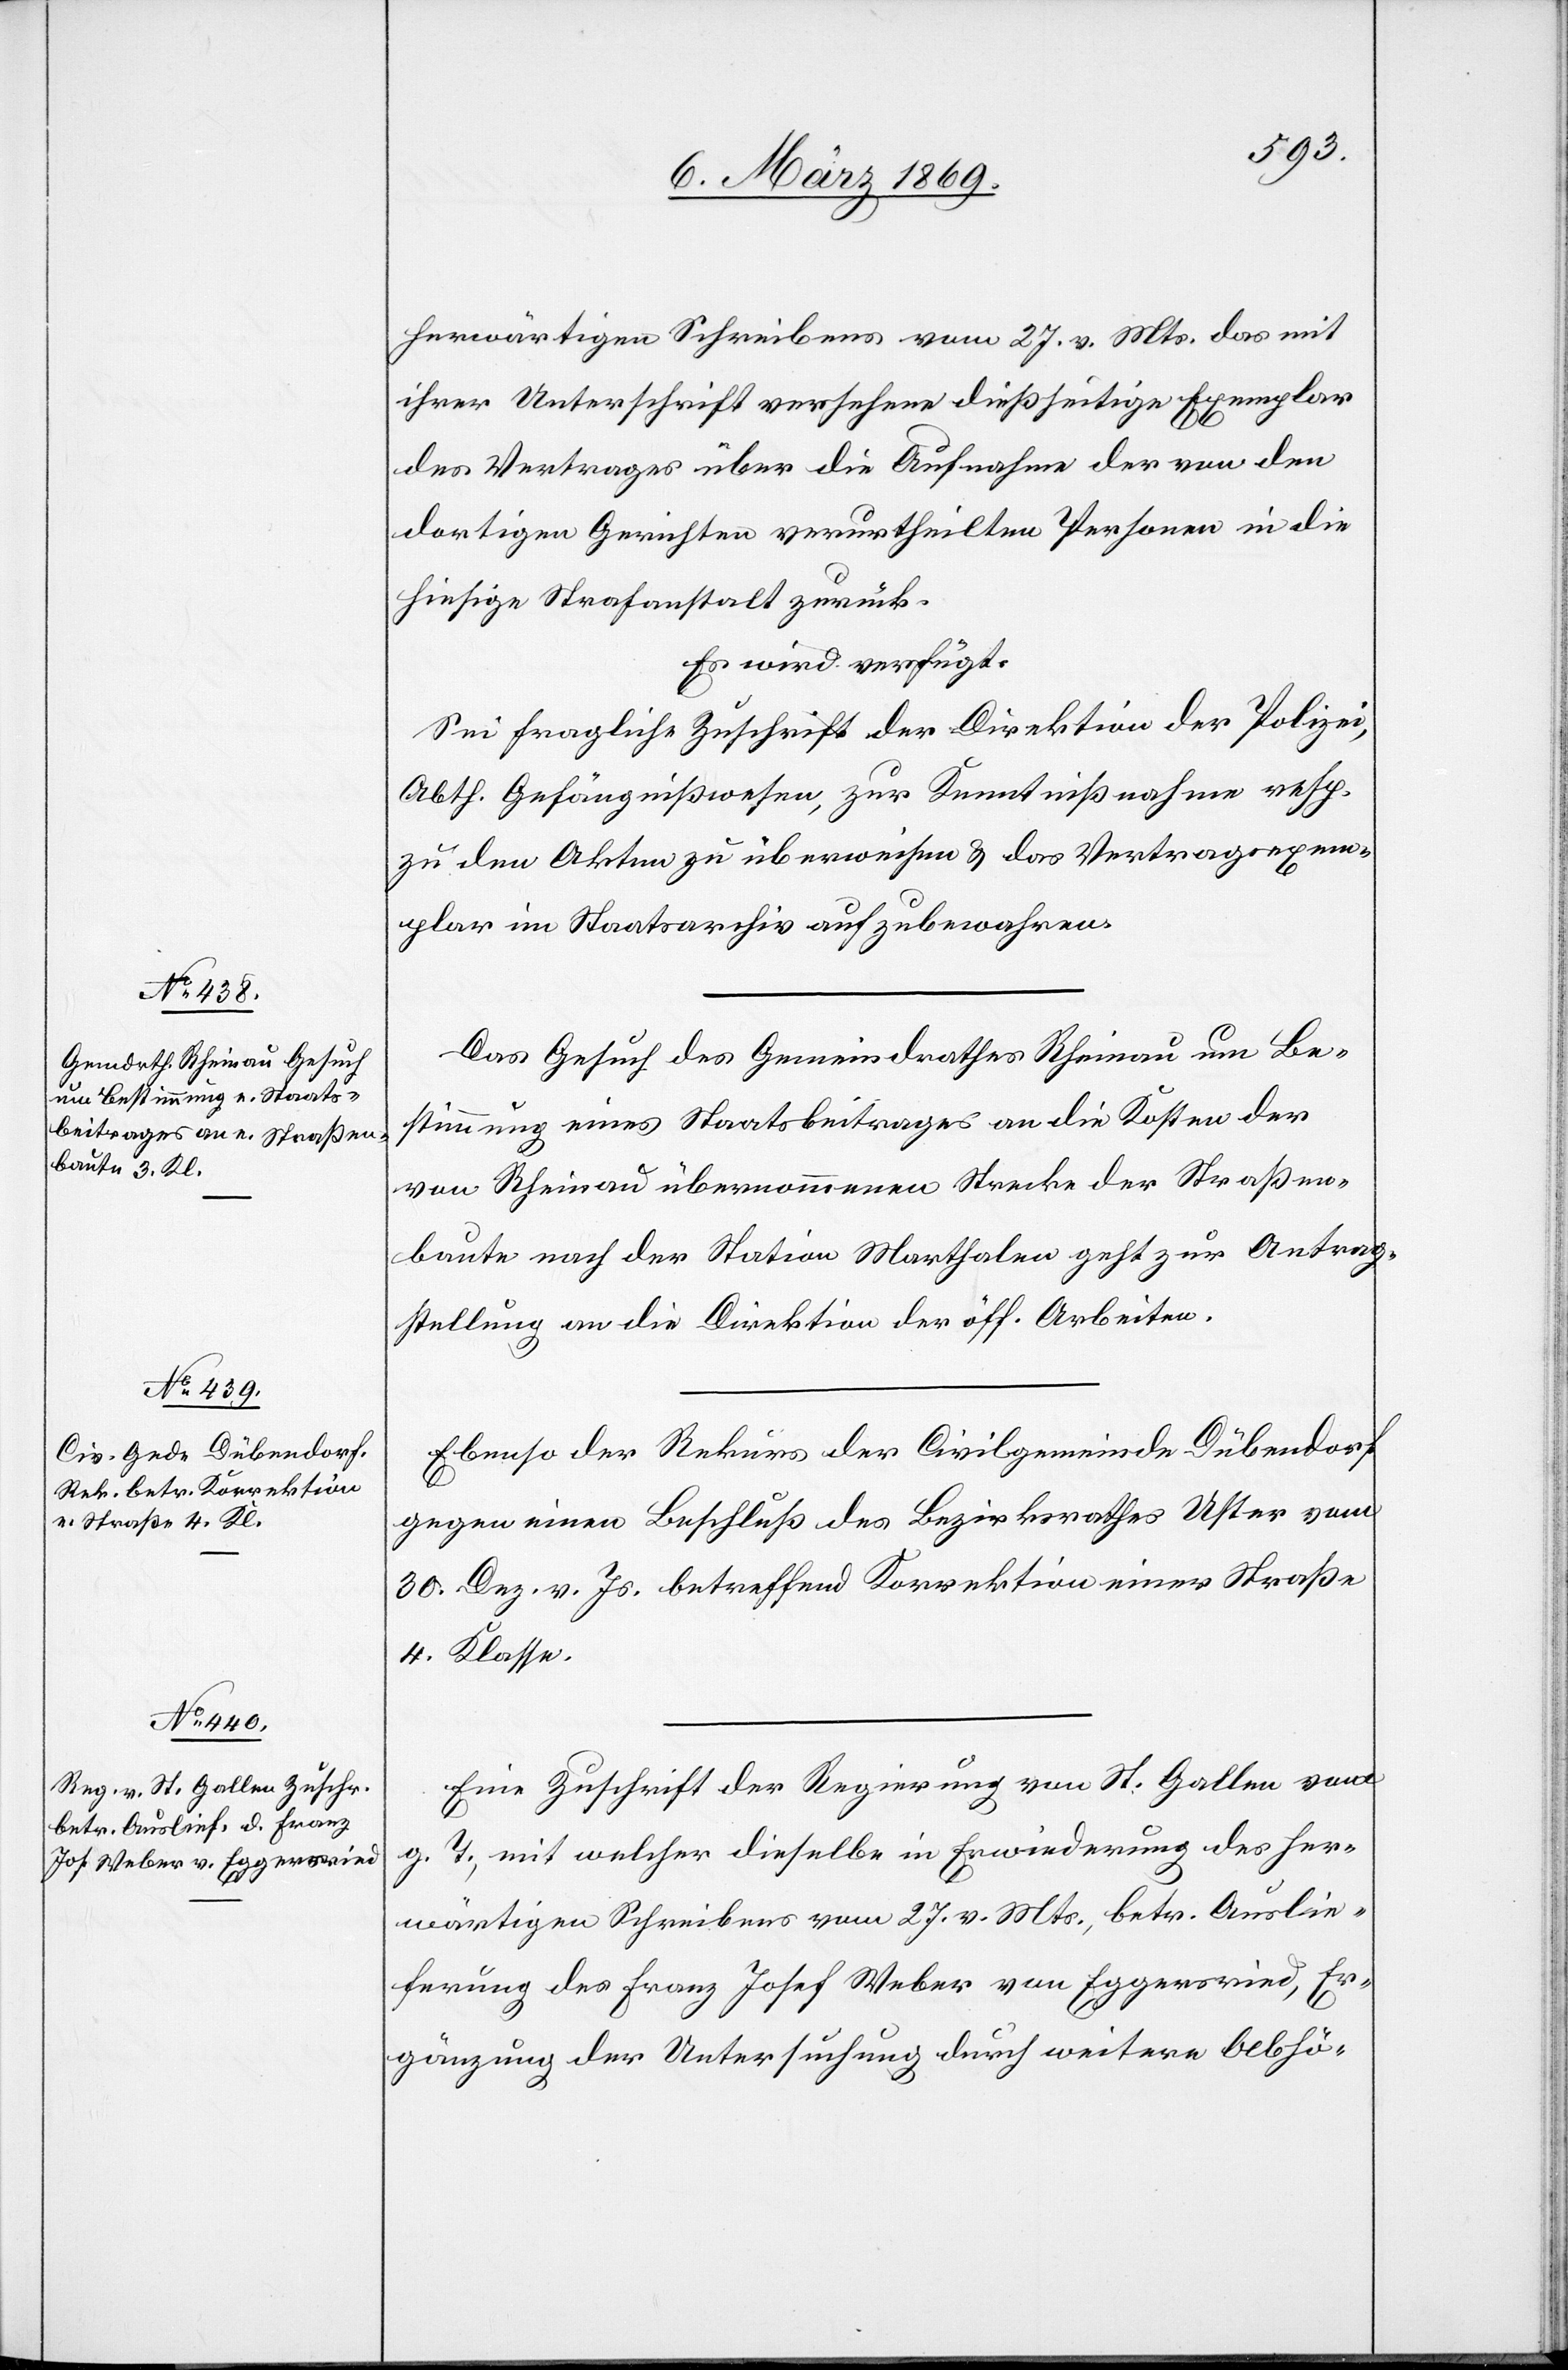
9. März 1869.]
herwärtigen Schreibens vom 27. v. Mts. das mit
ihrer Unterschrift versehene diesseitige Exemplar
des Vertrages über die Aufnahme der von den
dortigen Gerichten verurtheilten Personen in die
hiesige Strafanstalt zurück.
Es wird verfügt:
Sei fragliche Zuschrift der Direktion der Polizei,
Abth. Gefängniswesen, zur Kenntnißnahme resp.
zu den Akten zu überweisen & das Vertragsexem¬
plar im Staatsarchiv aufzubewahren.
Das Gesuch des Gemeindrathes Rheinau um Be¬
stimmung eines Staatsbeitrages an die Kosten der
von Rheinau übernommenen Strecke der Straßen¬
baute nach der Station Marthalen geht zur Antrag¬
stellung an die Direktion der öff. Arbeiten.
Ebenso der Rekurs der Civilgemeinde Dübendorf
gegen einen Beschluß des Bezirksrathes Uster vom
30. Dez. v. Js. betreffend Korrektion einer Straße
4. Klasse.
Eine Zuschrift der Regierung von St. Gallen vom
g. T., mit welcher dieselbe in Erwiederung des her¬
wärtigen Schreibens vom 27. v. Mts., betr. Auslie¬
ferung des Franz Josef Weber von Eggersried, Er¬
gänzung der Untersuchung durch weitere Abhö-